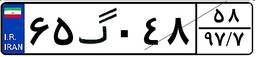
۶۵گ۰۴۸۵۸